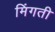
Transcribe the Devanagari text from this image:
मिंगती